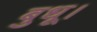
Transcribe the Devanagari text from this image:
बुधू।